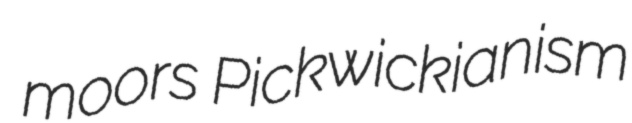
moors Pickwickianism